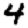
Digit: 4